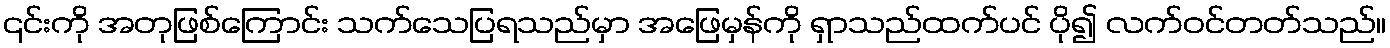
၎င်းကို အတုဖြစ်ကြောင်း သက်သေပြရသည်မှာ အဖြေမှန်ကို ရှာသည်ထက်ပင် ပို၍ လက်ဝင်တတ်သည်။